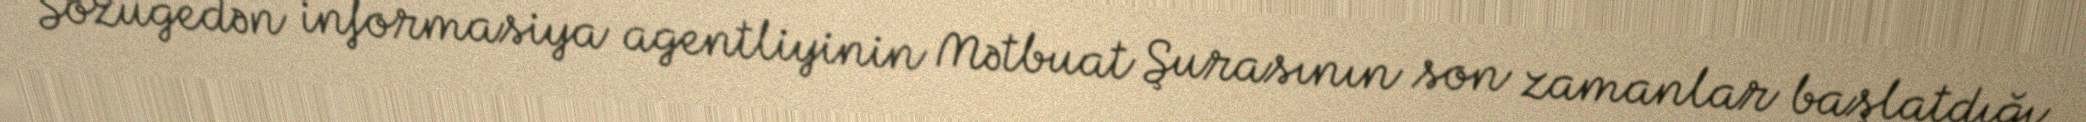
Sözügedən informasiya agentliyinin Mətbuat Şurasının son zamanlar başlatdığı